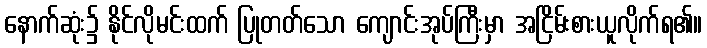
နောက်ဆုံး၌ နိုင်လိုမင်းထက် ပြုတတ်သော ကျောင်းအုပ်ကြီးမှာ အငြိမ်းစားယူလိုက်ရ၏။